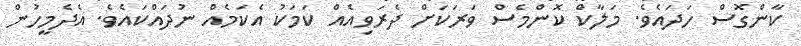
ކާންގޮސް ހަދައެވެ. މަލާކް ކޮންމެސް ވަރަކަށް ދެރަވިއެއް ކަމަކު އެކަމެއް ނުދައްކައެވެ. އެދެމީހުން